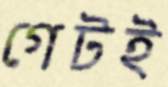
গেটই